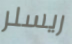
ريسلر